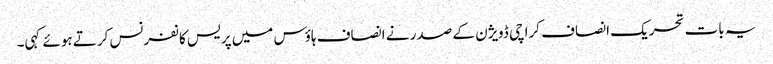
یہ بات تحریک انصاف کراچی ڈویژن کے صدر نے انصاف ہاؤس میں پریس کانفرنس کرتے ہوئے کہی۔